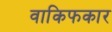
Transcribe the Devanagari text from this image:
वाकिफकार